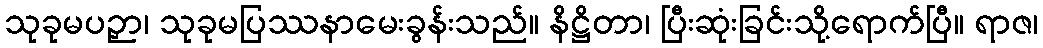
သုခုမပဉှာ၊ သုခုမပြဿနာမေးခွန်းသည်။ နိဋ္ဌိတာ၊ ပြီးဆုံးခြင်းသို့ရောက်ပြီ။ ရာဇ၊